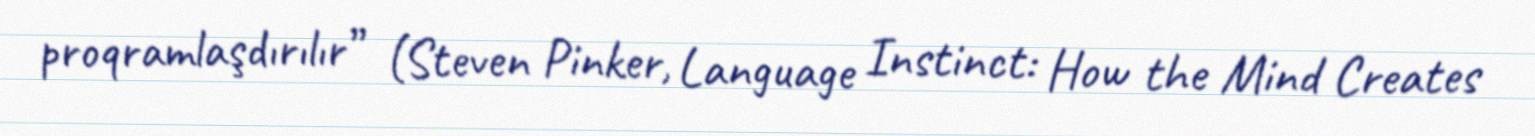
proqramlaşdırılır” (Steven Pinker, Language Instinct: How the Mind Creates